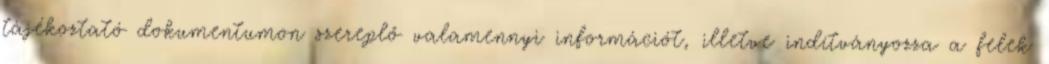
tájékoztató dokumentumon szereplő valamennyi információt, illetve indítványozza a felek